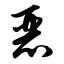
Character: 恶